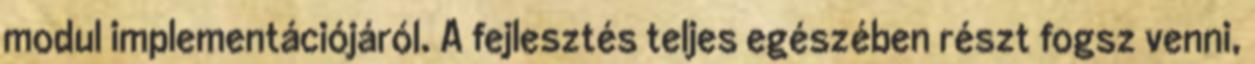
modul implementációjáról. A fejlesztés teljes egészében részt fogsz venni,